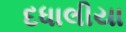
દધાલીયા